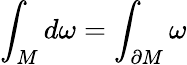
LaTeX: \int_{M}d\omega=\int_{\partial{M}}\omega